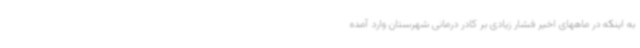
به اینکه در ماههای اخیر فشار زیادی بر کادر درمانی شهرستان وارد آمده